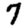
Digit: 7